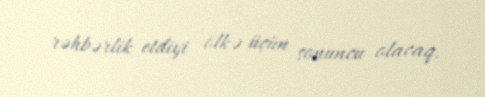
rəhbərlik etdiyi ölkə üçün sonuncu olacaq.